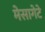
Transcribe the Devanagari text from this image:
मेसागेटे